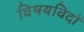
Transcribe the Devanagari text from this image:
विषयविदों